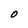
Character: O